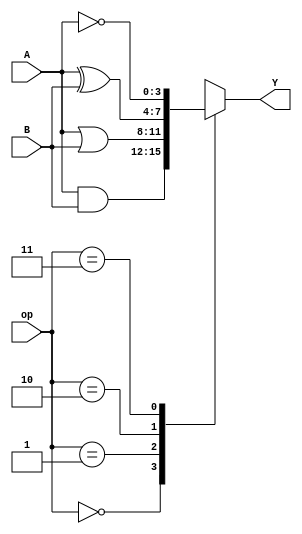
module logic_unit (
    input wire [3:0] A,
    input wire [3:0] B,
    input wire [1:0] op, // Operation selector
    output reg [3:0] Y
);
    // Operation codes
    parameter AND_OP = 2'b00;
    parameter OR_OP  = 2'b01;
    parameter XOR_OP = 2'b10;
    parameter NOT_OP = 2'b11; // NOT operation on A

    always @(*) begin
        case (op)
            AND_OP: Y = A & B;
            OR_OP:  Y = A | B;
            XOR_OP: Y = A ^ B;
            NOT_OP: Y = ~A; // NOT operation
            default: Y = 4'b0000;
        endcase
    end
endmodule